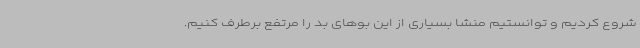
شروع کردیم و توانستیم منشا بسیاری از این بوهای بد را مرتفع برطرف کنیم.